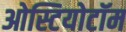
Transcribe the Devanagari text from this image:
ओस्टियोटॉम